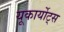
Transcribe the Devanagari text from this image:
यूकार्योट्स